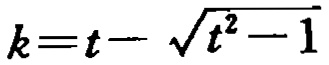
\(k=t - \sqrt{t^{2}-1}\)